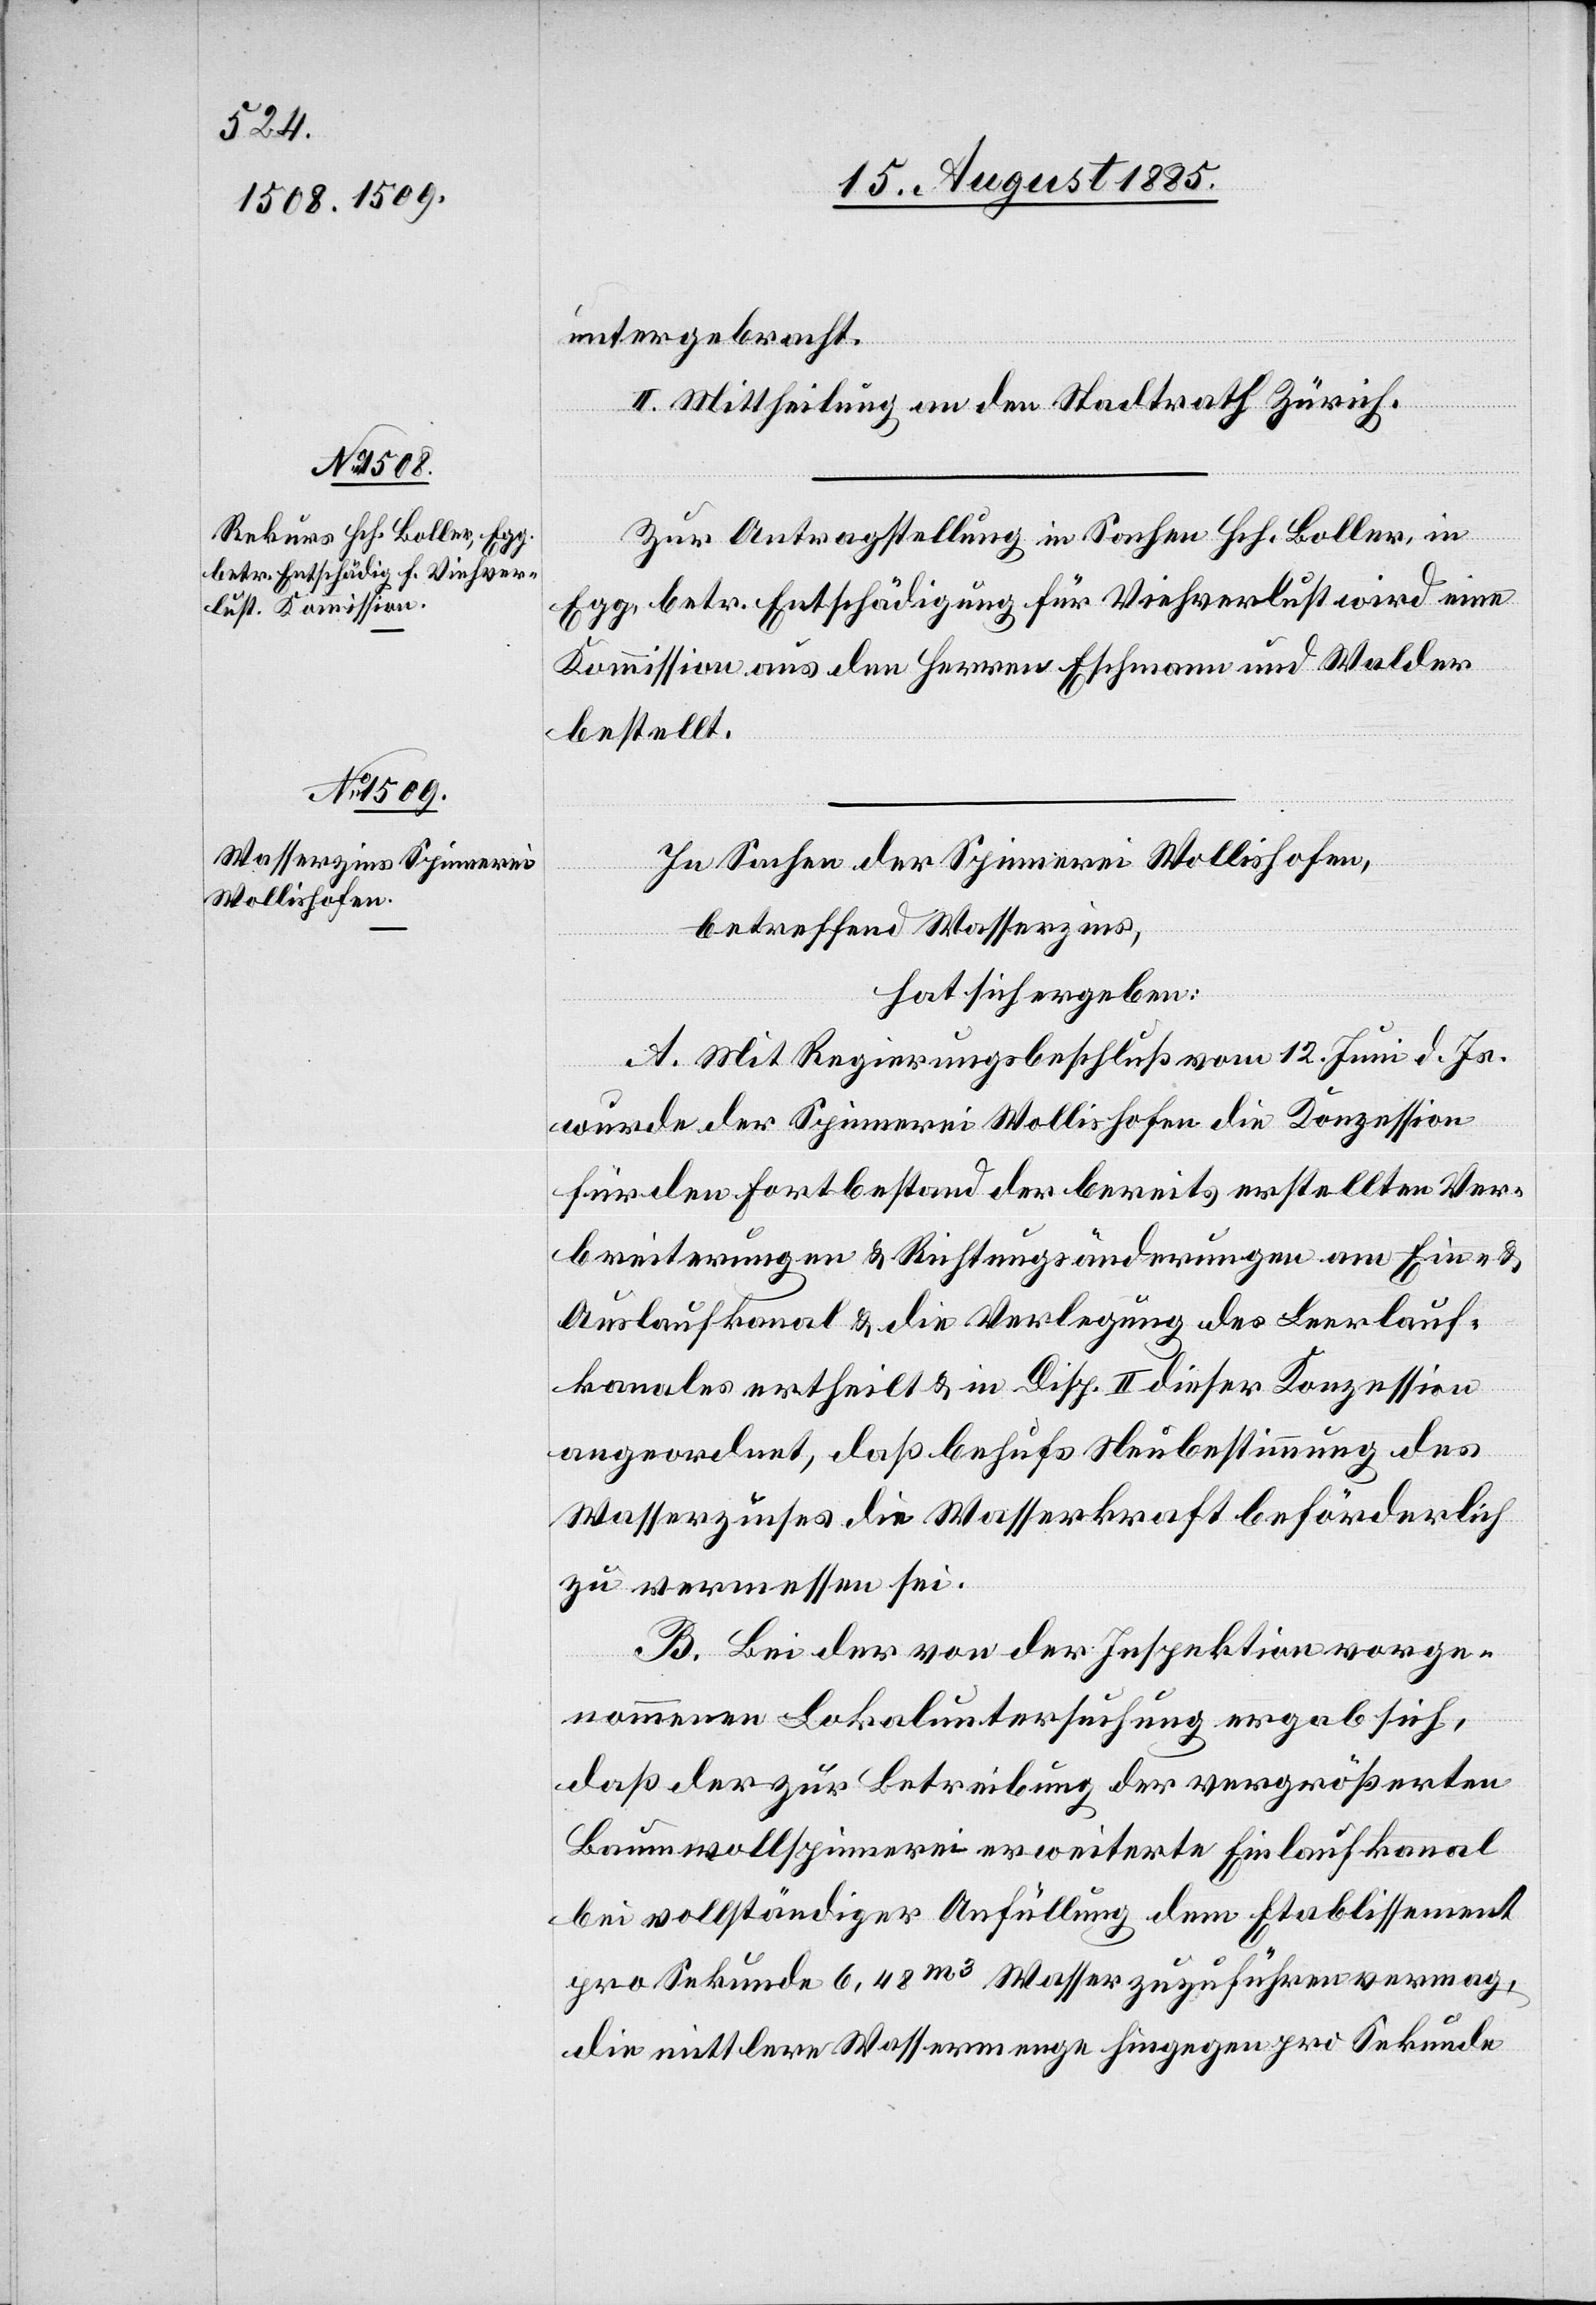
untergebracht.
II. Mittheilung an den Stadtrath Zürich.
Zur Antragstellung in Sachen Hch. Boller, in
Egg, betr. Entschädigung für Viehverlust wird eine
Kommission aus den Herren Eschmann und Walder
bestellt.
In Sachen der Spinnerei Wollishofen,
betreffend Wasserzins,
hat sich ergeben:
A. Mit Regierungsbeschluß vom 12. Juni d. Js.
wurde der Spinnerei Wollishofen die Konzession
für den Fortbestand der bereits erstellten Ver¬
breiterung & Richtungsänderungen am Ein- &
Auslaufkanal & die Verlegung des Leerlauf¬
kanals ertheilt & in Disp. II dieser Konzession
angeordnet, daß behufs Neubestimmung des
Wasserzinses die Wasserkraft beförderlich
zu vermessen sei.
B. Bei der von der Inspektion vorge¬
nommenen Lokaluntersuchung ergab sich,
daß der zur Betreibung der vergrößerten
Baumwollspinnerei erweiterte Einlaufkanal
bei vollständiger Anfüllung dem Etablissement
pro Sekunde 6,48m3 Wasser zuzuführen vermag,
die mittlere Wassermenge hingegen pro Sekunde